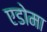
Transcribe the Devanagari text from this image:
एडोमा